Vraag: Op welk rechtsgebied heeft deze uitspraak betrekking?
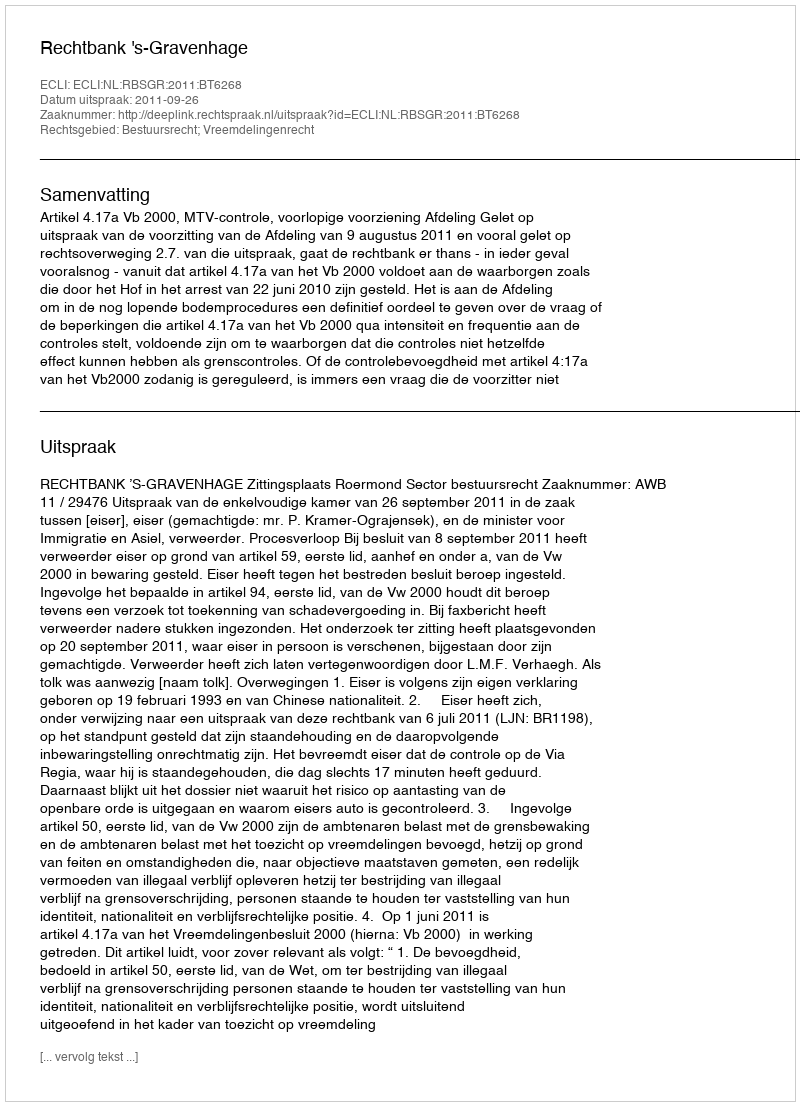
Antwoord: Bestuursrecht; Vreemdelingenrecht